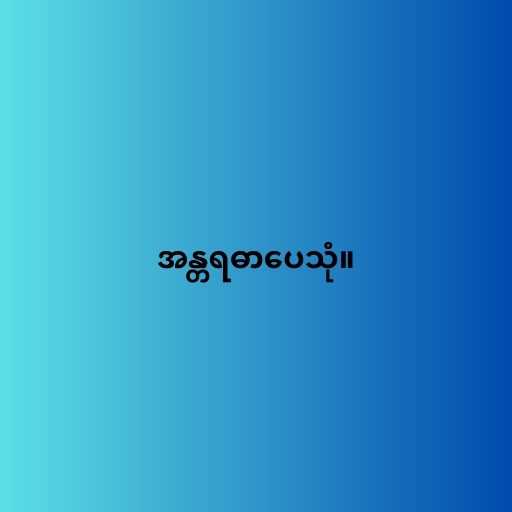
အန္တရဓာပေသုံ။